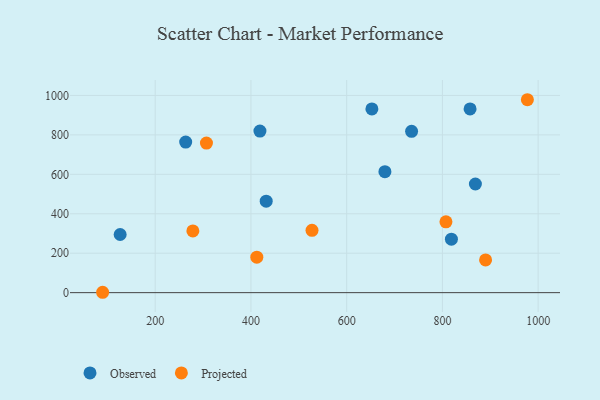
{"axis": {"x": "Engine Size", "y": "Profit"}, "legend": ["Observed", "Projected"], "data": [{"x": "263.7", "y": 763.5, "type": "Observed"}, {"x": "679.9", "y": 613.3, "type": "Observed"}, {"x": "818.8", "y": 271.0, "type": "Observed"}, {"x": "431.9", "y": 463.8, "type": "Observed"}, {"x": "126.8", "y": 294.9, "type": "Observed"}, {"x": "868.9", "y": 550.9, "type": "Observed"}, {"x": "652.7", "y": 931.5, "type": "Observed"}, {"x": "735.6", "y": 818.0, "type": "Observed"}, {"x": "418.8", "y": 819.1, "type": "Observed"}, {"x": "857.8", "y": 931.4, "type": "Observed"}, {"x": "807.4", "y": 359.0, "type": "Projected"}, {"x": "977.5", "y": 978.3, "type": "Projected"}, {"x": "412.3", "y": 179.7, "type": "Projected"}, {"x": "90.2", "y": 1.9, "type": "Projected"}, {"x": "307.1", "y": 758.7, "type": "Projected"}, {"x": "278.7", "y": 312.9, "type": "Projected"}, {"x": "890.2", "y": 166.1, "type": "Projected"}, {"x": "527.6", "y": 315.9, "type": "Projected"}]}